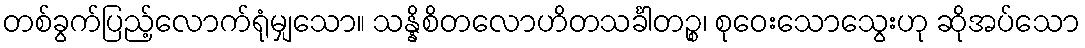
တစ်ခွက်ပြည့်လောက်ရုံမျှသော။ သန္နိစိတလောဟိတသင်္ခါတဉ္စ၊ စုဝေးသောသွေးဟု ဆိုအပ်သော